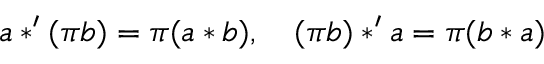
a * ^ { \prime } ( \pi b ) = \pi ( a * b ) , \quad ( \pi b ) * ^ { \prime } a = \pi ( b * a )